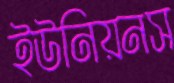
ইউনিয়নস